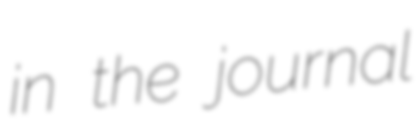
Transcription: in the journal